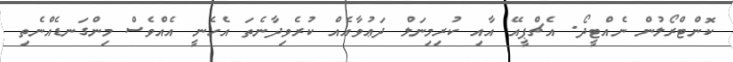
ކޮންޓްރޯލުން ނެއްޓީދޯ. އެޗްޕީއޭ އާއި ކުރިމިނަލް ދަޢުވާއެއް ކުރެވިދާނެތަ އެހެނީ އެއްވެސް މިންގަނޑެއްނެތި